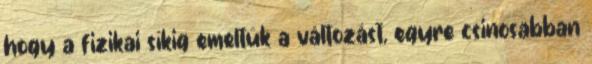
hogy a fizikai síkig emeltük a változást, egyre csinosabban